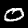
Digit: 0